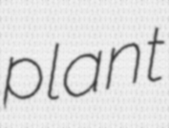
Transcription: plant